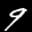
Label: 9